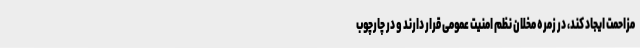
مزاحمت ایجاد کند، در زمره مخلان نظم امنیت عمومی قرار دارند و در چارچوب